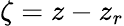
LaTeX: \zeta=z-z_{r}